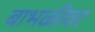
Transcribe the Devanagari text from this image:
बाभळीवर